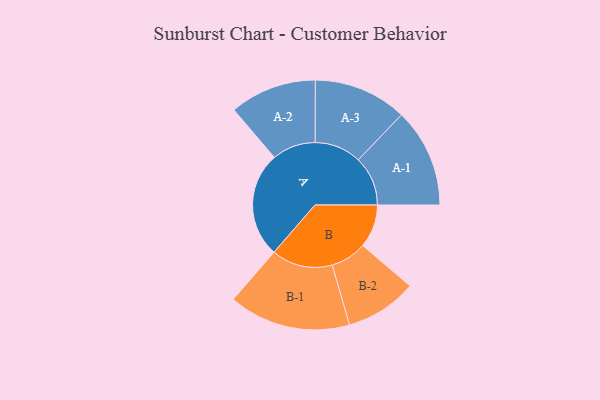
{"axis": {"x": "Segment", "y": "Value"}, "legend": ["", "A", "B"], "data": [{"x": "A", "y": 420, "type": ""}, {"x": "B", "y": 172, "type": ""}, {"x": "A-1", "y": 197, "type": "A"}, {"x": "A-2", "y": 173, "type": "A"}, {"x": "A-3", "y": 186, "type": "A"}, {"x": "B-1", "y": 243, "type": "B"}, {"x": "B-2", "y": 143, "type": "B"}]}